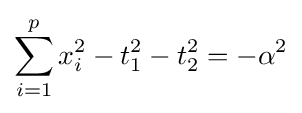
\sum _{i=1}^{p}x_{i}^{2}-t_{1}^{2}-t_{2}^{2}=-\alpha ^{2}